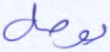
يوصل